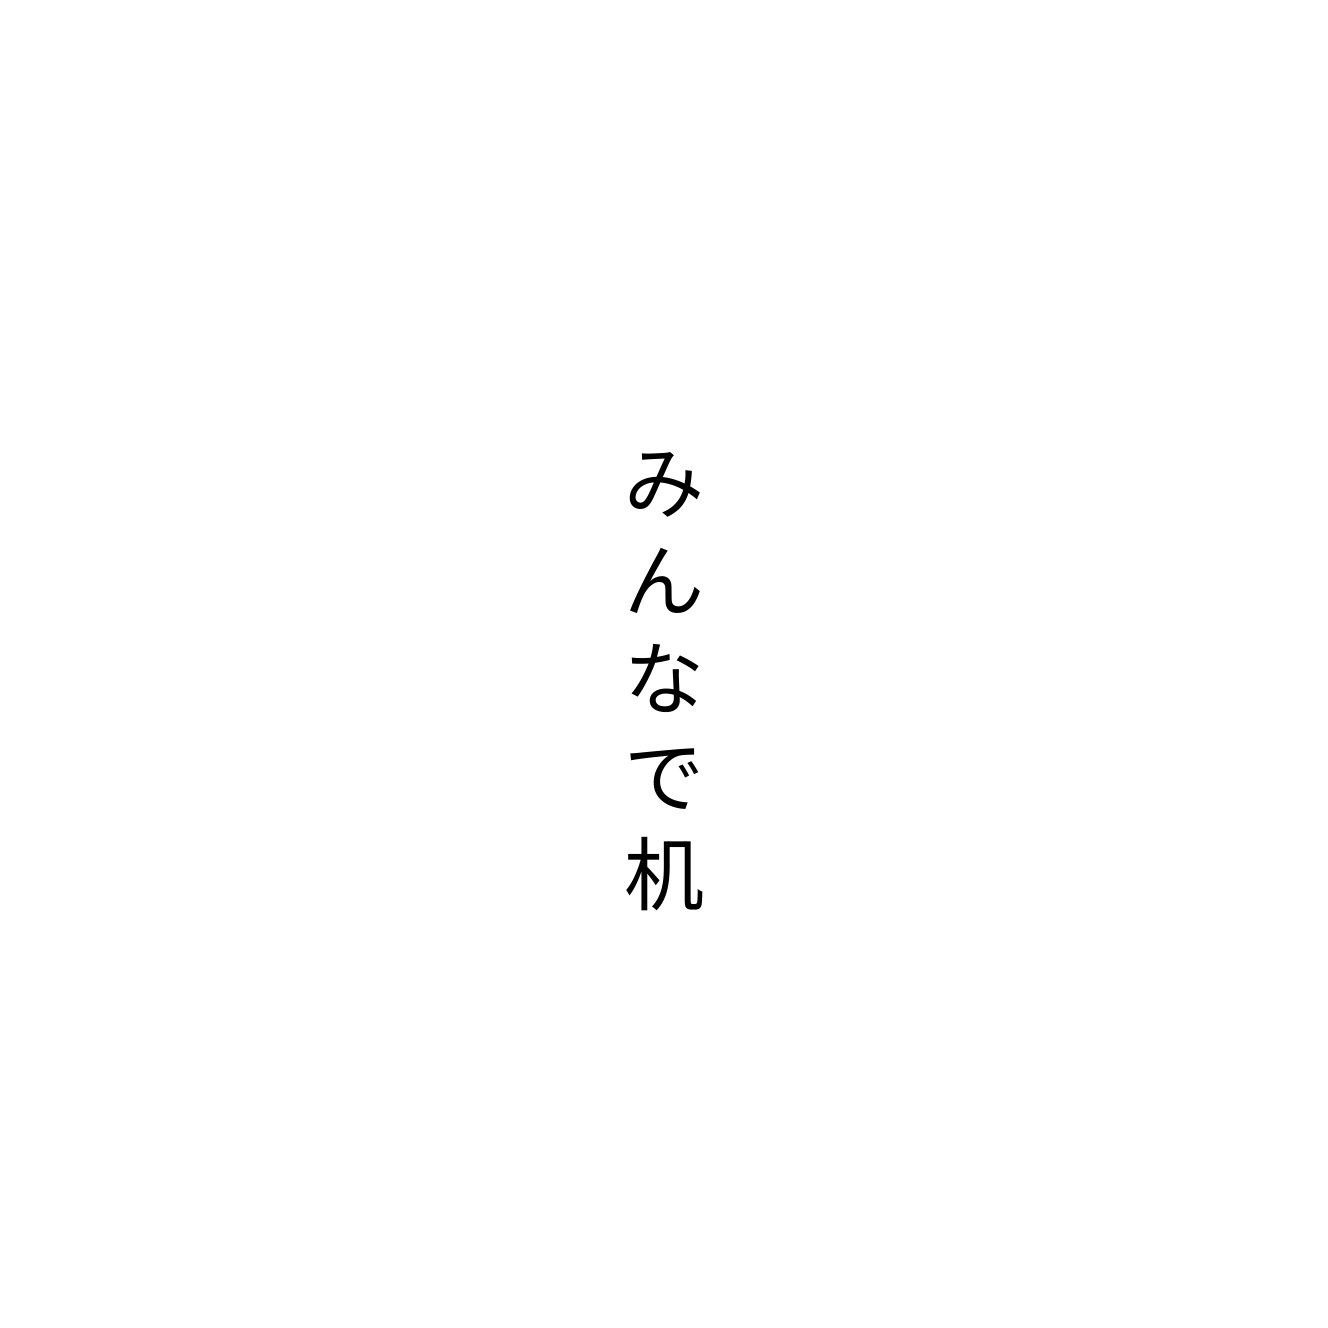
みんなで机